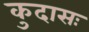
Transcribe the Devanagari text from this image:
कुदासः